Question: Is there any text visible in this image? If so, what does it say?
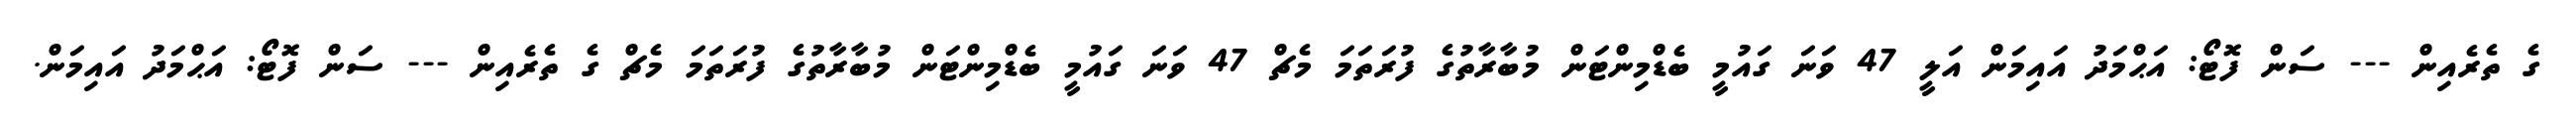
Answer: ގެ ތެރެއިން --- ސަން ފޮޓޯ: އަޙްމަދު އައިމަން އަލީ 47 ވަނަ ގައުމީ ބެޑްމިންޓަން މުބާރާތުގެ ފުރަތަމަ މެޗް 47 ވަނަ ގައުމީ ބެޑްމިންޓަން މުބާރާތުގެ ފުރަތަމަ މެޗް ގެ ތެރެއިން --- ސަން ފޮޓޯ: އަޙްމަދު އައިމަން.